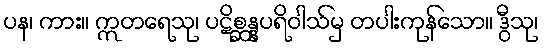
ပန၊ ကား။ ဣတရေသု၊ ပဋိစ္ဆန္နပရိဝါသ်မှ တပါးကုန်သော။ ဒွီသု၊